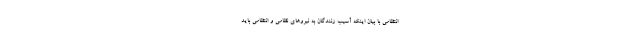
انتظامی با بیان اینکه آسیب زنندگان به نیروهای نظامی و انتظامی باید